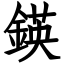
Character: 鍈